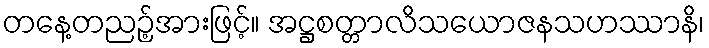
တနေ့တညဉ့်အားဖြင့်။ အဋ္ဌစတ္တာလိသယောဇနသဟဿာနိ၊